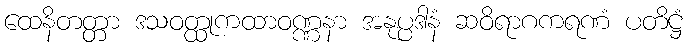
ထေနိတတ္တာ ဒသဝတ္ထုကထာဝဏ္ဏနာ အနုပ္ပဒါနံ ဆဝိရာဂကရဏံ ပတိဋ္ဌံ